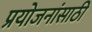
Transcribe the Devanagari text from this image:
प्रयोजनांसाठी